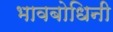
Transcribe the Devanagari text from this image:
भावबोधिनी